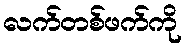
လက်တစ်ဖက်ကို